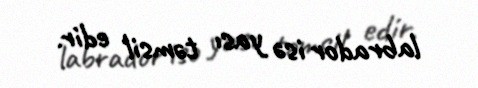
labrador isə yası təmsil edir.